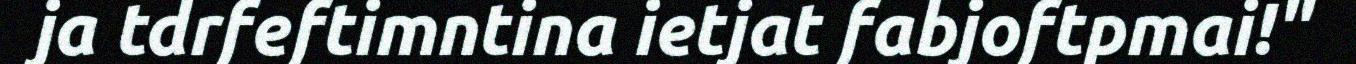
ja tdrfeftimntina ietjat fabjoftpmai!"